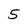
Character: 5